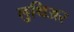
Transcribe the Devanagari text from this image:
लुथिअर